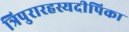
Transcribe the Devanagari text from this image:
त्रिपुरारहस्यदीपिका